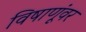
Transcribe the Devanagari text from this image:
विषाणूंवर